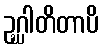
ဥဂ္ဃါတိတာပိ